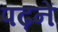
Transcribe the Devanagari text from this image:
पढ़नें